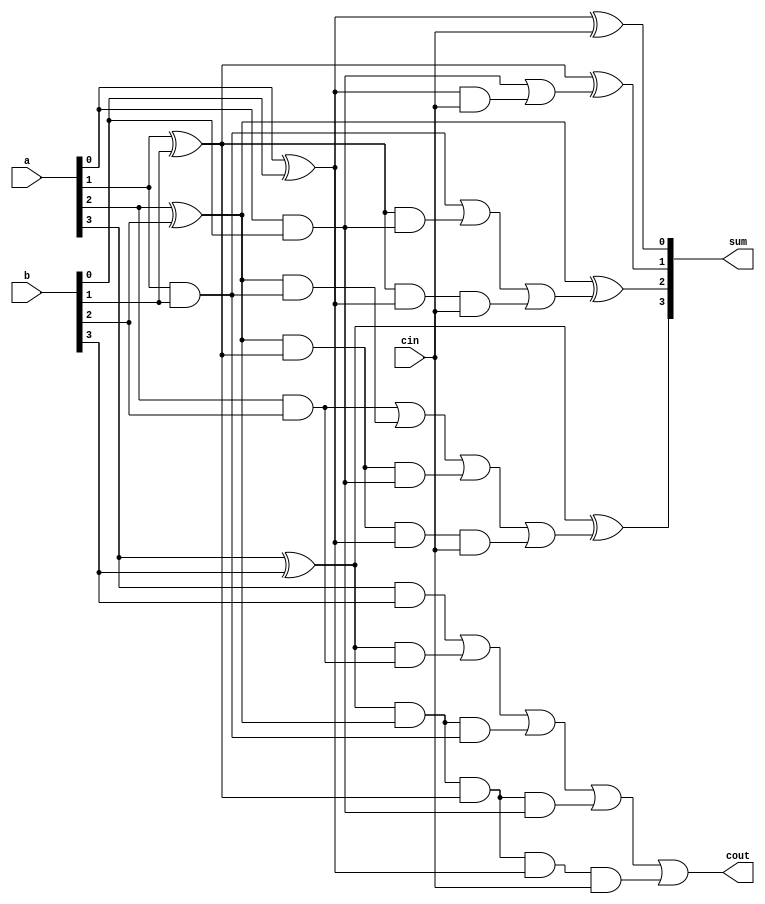
`timescale 1ns / 1ps
//////////////////////////////////////////////////////////////////////////////////
// Company: 
// Engineer: 
// 
// Design Name: 
// Module Name: CLA
// Project Name: 
// Target Devices: 
// Tool Versions: 
// Description: 
// 
// Dependencies: 
// 
// Revision:
// Revision 0.01 - File Created
// Additional Comments:
// 
//////////////////////////////////////////////////////////////////////////////////

module CLA (a, b, cin, sum, cout);
input [3:0] a, b; //define inputs and outputs
input cin;
output [3:0] sum;
output cout;
//design the logic for the generate functions
and (g0, a[0], b[0]),
(g1, a[1], b[1]),
(g2, a[2], b[2]),
(g3, a[3], b[3]);
//design the logic for the propagate functions
xor (p0, a[0], b[0]),
(p1, a[1], b[1]),
(p2, a[2], b[2]),
(p3, a[3], b[3]);
//design the logic for the sum equations
xor (sum[0], p0, cin),
(sum[1], p1, c0),
(sum[2], p2, c1),
(sum[3], p3, c2);//design the logic for the carry equations
//using the continuous assign statement
assign c0 = g0 | (p0 & cin),
c1 = g1 | (p1 & g0) | (p1 & p0 & cin),
c2 = g2 | (p2 & g1) | (p2 & p1 & g0)
 | (p2 & p1 & p0 & cin),
c3 = g3 | (p3 & g2) | (p3 & p2 & g1)
 | (p3 & p2 & p1 & g0)
 |(p3 & p2 & p1 & p0 & cin);
//design the logic for cout using assign
assign cout = c3;
endmodule